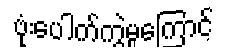
ဗုံးပေါက်ကွဲမှုကြောင့်